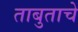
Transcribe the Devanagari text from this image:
ताबुताचे